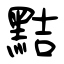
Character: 黠